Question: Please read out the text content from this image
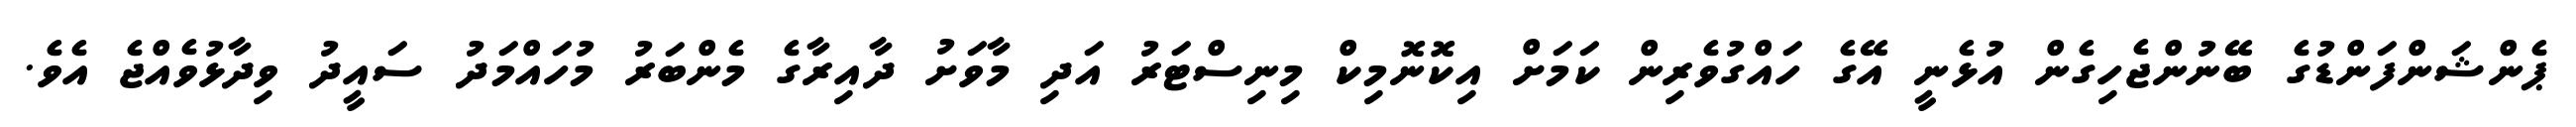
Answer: ޕެންޝަންފަންޑުގެ ބޭނުންޖެހިގެން އުޅެނީ އޭގެ ހައްގުވެރިން ކަމަށް އިކޮނޮމިކް މިނިސްޓަރު އަދި މާވަށު ދާއިރާގެ މެންބަރު މުހައްމަދު ސައީދު ވިދާޅުވެއްޖެ އެވެ.